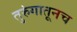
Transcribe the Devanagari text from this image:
तुरुंगातूनच